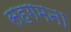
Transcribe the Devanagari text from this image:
सहगमना